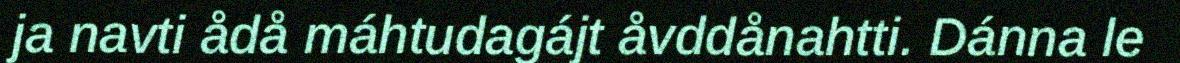
ja navti ådå máhtudagájt åvddånahtti. Dánna le